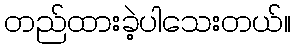
တည်ထားခဲ့ပါသေးတယ်။